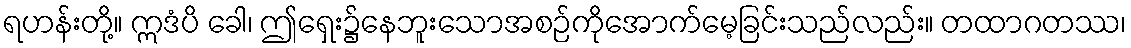
ရဟန်းတို့။ ဣဒံပိ ခေါ၊ ဤရှေး၌နေဘူးသောအစဉ်ကိုအောက်မေ့ခြင်းသည်လည်း။ တထာဂတဿ၊